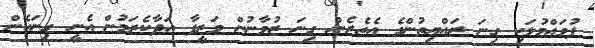
ފުވައްމުލަކި ގިނަ ރައްޔިތުންގެ އެތެރެން ގިނަ ޒުވާނުން ވަޒީފާ އަދާކެރަމުން އެނީ ގިނައެން